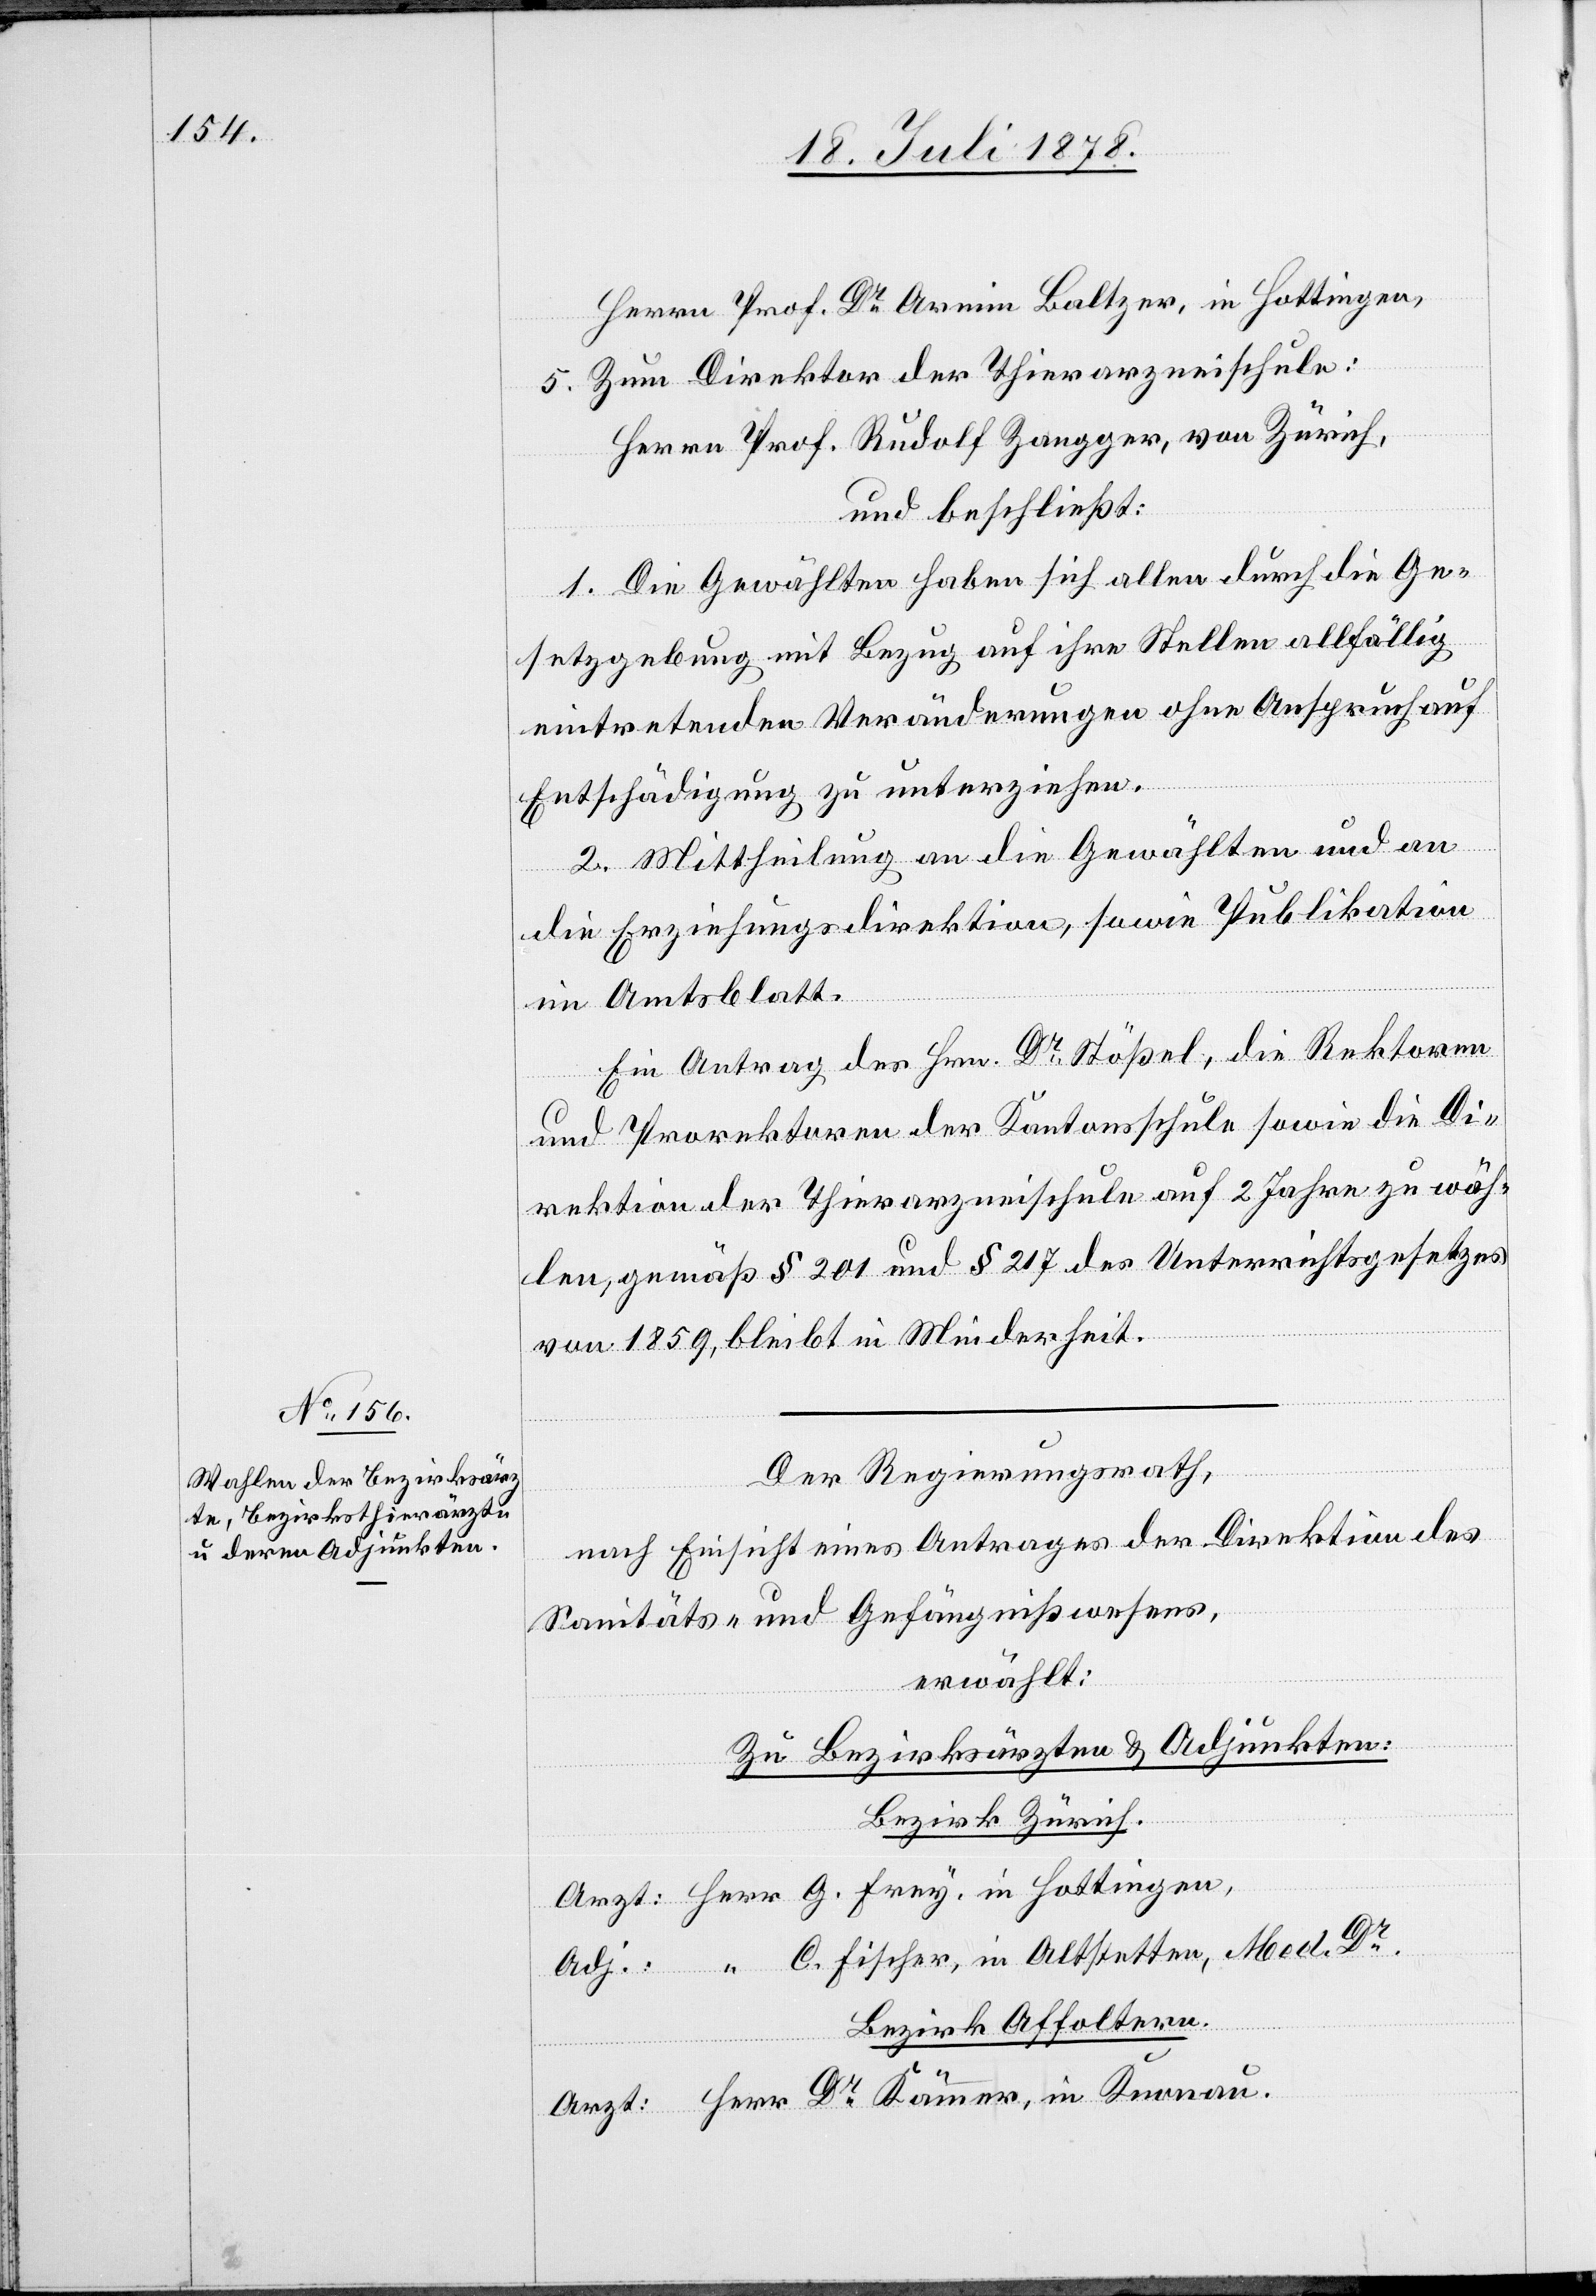
Herrn Prof. Dr Armin Baltzer, in Hottingen,
5. Zum Direktor der Thierarzneischule:
Herrn Prof. Rudolf Zangger, von Zürich,
und beschließt:
1. Die Gewählten haben sich allen durch die Ge¬
setzgebung mit Bezug auf ihre Stellen allfällig
eintretenden Veränderungen ohne Anspruch auf
Entschädigung zu unterziehen.
2. Mittheilung an die Gewählten und an
die Erziehungsdirektion, sowie Publikation
im Amtsblatt.
Ein Antrag des Hrn. Dr Stößel, die Rektoren
und Prorektoren der Kantonsschule sowie die Di¬
rektion der Thierarzneischule auf 2 Jahre zu wäh¬
len, gemäß § 201 und 217 des Unterrichtsgesetzes
von 1859, bleibt in Minderheit.
Der Regierungsrath,
nach Einsicht eines Antrages der Direktion des
Sanitäts- & Gefängnißwesens,
erwählt:
Zu Bezirksärzten & Adjunkten:
Bezirk Zürich.
Arzt: Herr G. Frey, in Hottingen,
Adj.: “ C. Fischer, in Altstetten, Med. Dr.
Bezirk Affoltern.
Arzt: Herr Dr Kämmer, in Knonau.